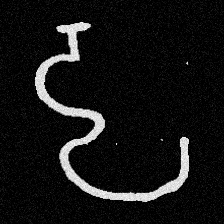
Pyu character \u2014 Myanmar letter: ဠ (romanized: lla)